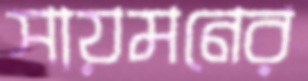
সায়মনের